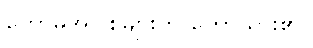
ကောဓအပြစ်များကို ဟောထား၏။